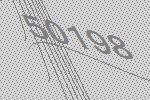
50198